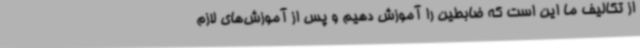
از تکالیف ما این است که ضابطین را آموزش دهیم و پس از آموزش‌های لازم